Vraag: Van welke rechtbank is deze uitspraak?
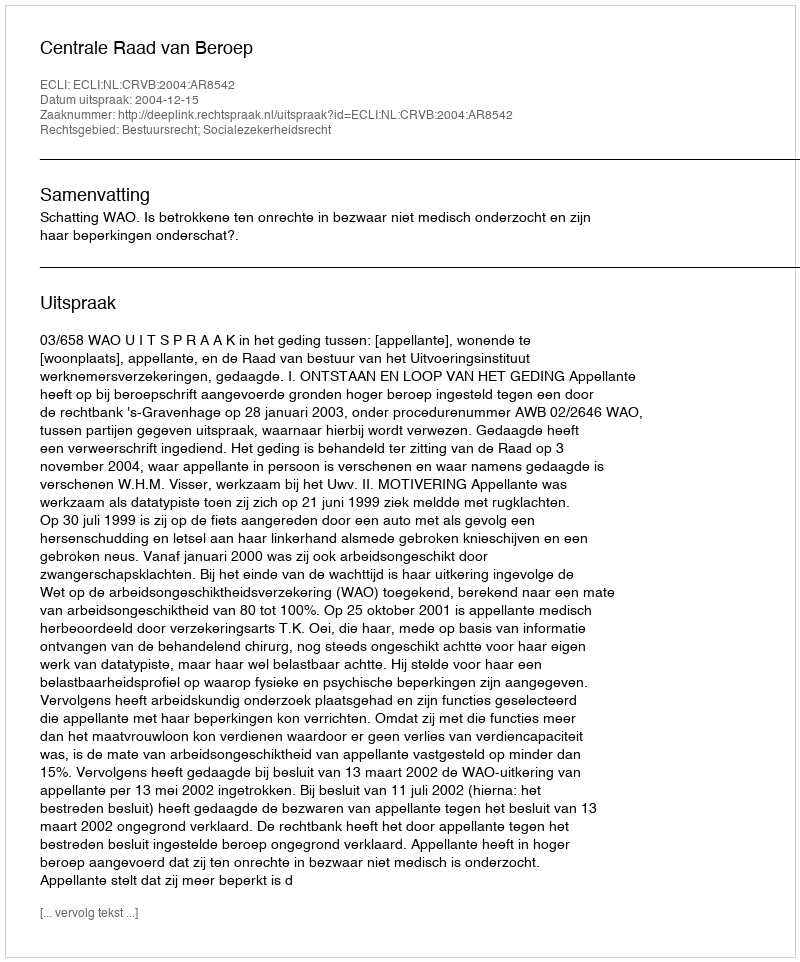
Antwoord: Centrale Raad van Beroep